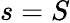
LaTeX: s=S